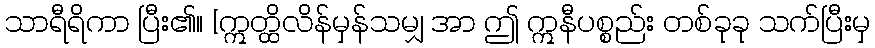
သာရီရိကာ ပြီး၏။ [ဣတ္ထိလိန်မှန်သမျှ အာ ဤ ဣနီပစ္စည်း တစ်ခုခု သက်ပြီးမှ